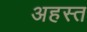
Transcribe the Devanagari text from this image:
अहस्त